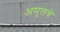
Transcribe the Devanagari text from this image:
अमूलचे